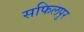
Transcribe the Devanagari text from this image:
सफिलपुर